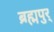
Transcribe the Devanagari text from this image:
ब्रह्मपुर्